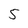
Character: 5